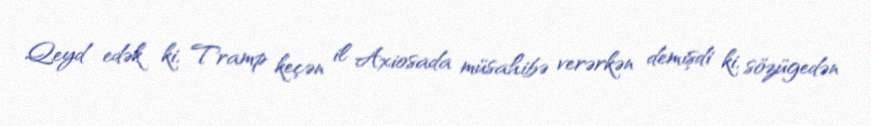
Qeyd edək ki, Tramp keçən il Axiosada müsahibə verərkən demişdi ki, sözügedən